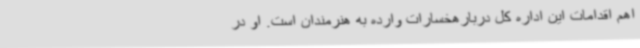
اهم اقدامات این اداره کل دربارهخسارات وارده به هنرمندان است. او در